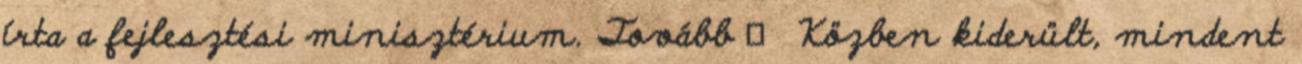
írta a fejlesztési minisztérium. Tovább → Közben kiderült, mindent